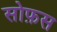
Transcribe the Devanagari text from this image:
सोफ़स